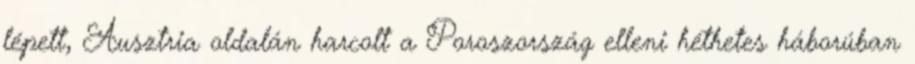
lépett, Ausztria oldalán harcolt a Poroszország elleni héthetes háborúban